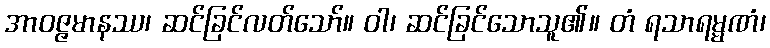
အာဝဇ္ဇမာနဿ၊ ဆင်ခြင်လတ်သော်။ ဝါ၊ ဆင်ခြင်သောသူ၏။ တံ ရသာရမ္မဏံ၊